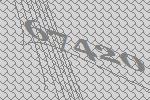
67420